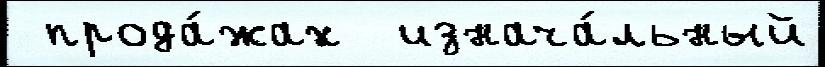
 прода́жах  изнача́льный